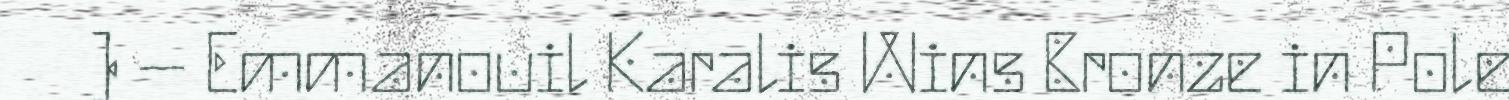
) – Emmanouil Karalis Wins Bronze in Pole